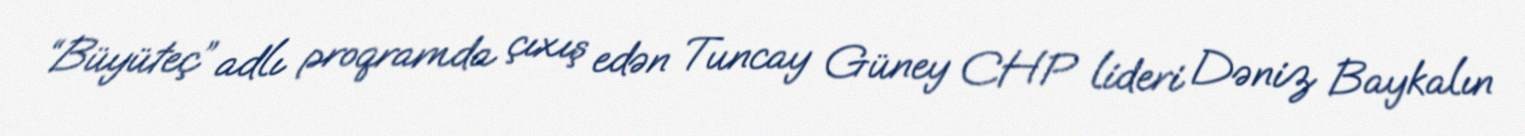
“Büyüteç” adlı proqramda çıxış edən Tuncay Güney CHP lideri Dəniz Baykalın